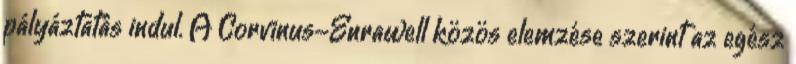
pályáztatás indul. A Corvinus-Enrawell közös elemzése szerint az egész